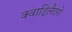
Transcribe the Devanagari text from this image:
क्वाड्रिलैटरो